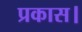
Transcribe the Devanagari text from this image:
प्रकास।